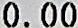
0.00